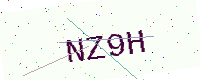
Text: NZ9H